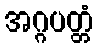
အဂ္ဂပတ္တံ